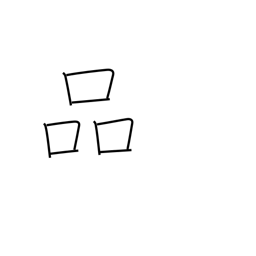
Meaning: refinement